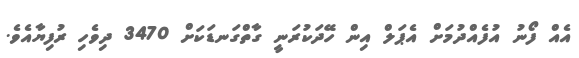
އެއް ފޯނު އުފެއްދުމަށް އެޕަލް އިން ހޭދަކުރަނީ ގާތްގަނޑަކަށް 3470 ދިވެހި ރުފިޔާއެވެ.